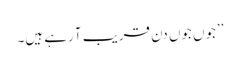
’’جوں جوں دن قریب آ رہے ہیں۔